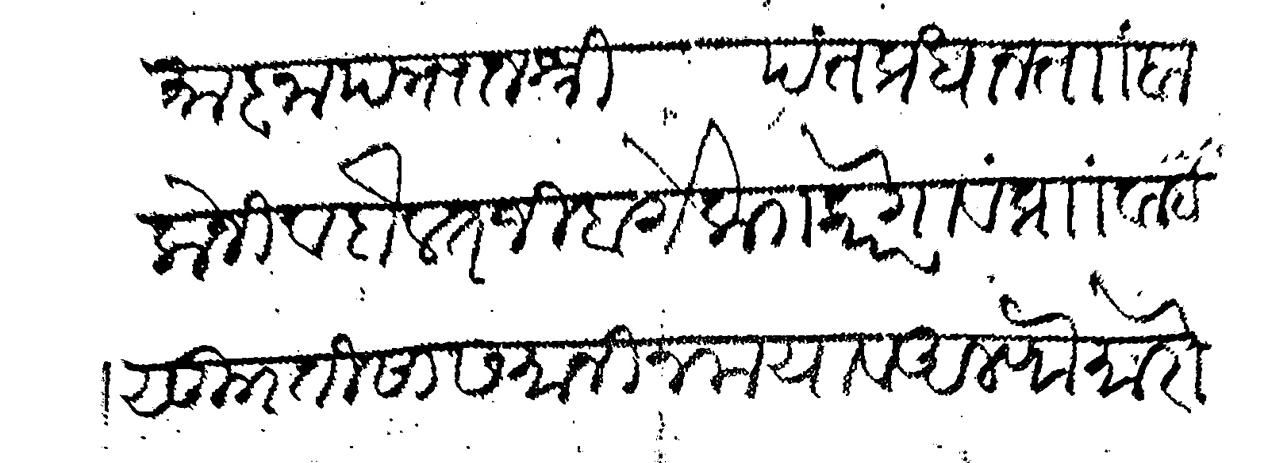
Transliteration (Devanagari): आज्ञापत्र राजश्री पंतप्रधान ता बालोजी व दौलतजी बर्गे क कोरेगाव प्रां वाई सु तीसा समानीन मया व अलफ मोरो